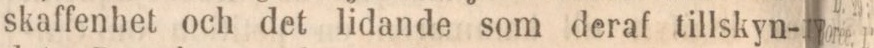
skaffenhet och det lidande som deraf tillskyn-